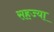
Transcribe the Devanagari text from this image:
सहज्या